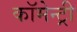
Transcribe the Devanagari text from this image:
कॉमेन्ट्री